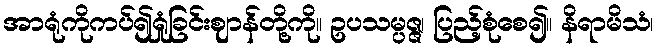
အာရုံကိုကပ်၍ရှုံခြင်းဈာန်တို့ကို။ ဥပသမ္ပဇ္ဇ၊ ပြည့်စုံစေ၍။ နိရာမိသံ၊